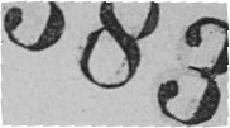
383